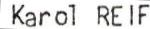
Karol REIF